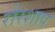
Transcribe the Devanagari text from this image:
रोरशाप